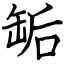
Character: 缿